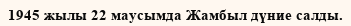
1945 жылы 22 маусымда Жамбыл дүние салды.